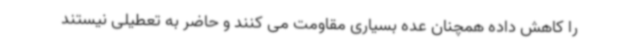
را کاهش داده همچنان عده بسیاری مقاومت می کنند و حاضر به تعطیلی نیستند